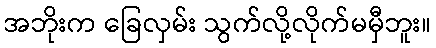
အဘိုးက ခြေလှမ်း သွက်လို့လိုက်မမှီဘူး။